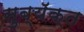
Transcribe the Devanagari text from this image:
सुब्यॅक्त